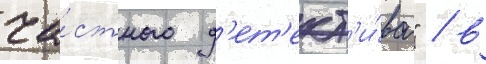
ча́стного д'ет'ект'и́ва" / в